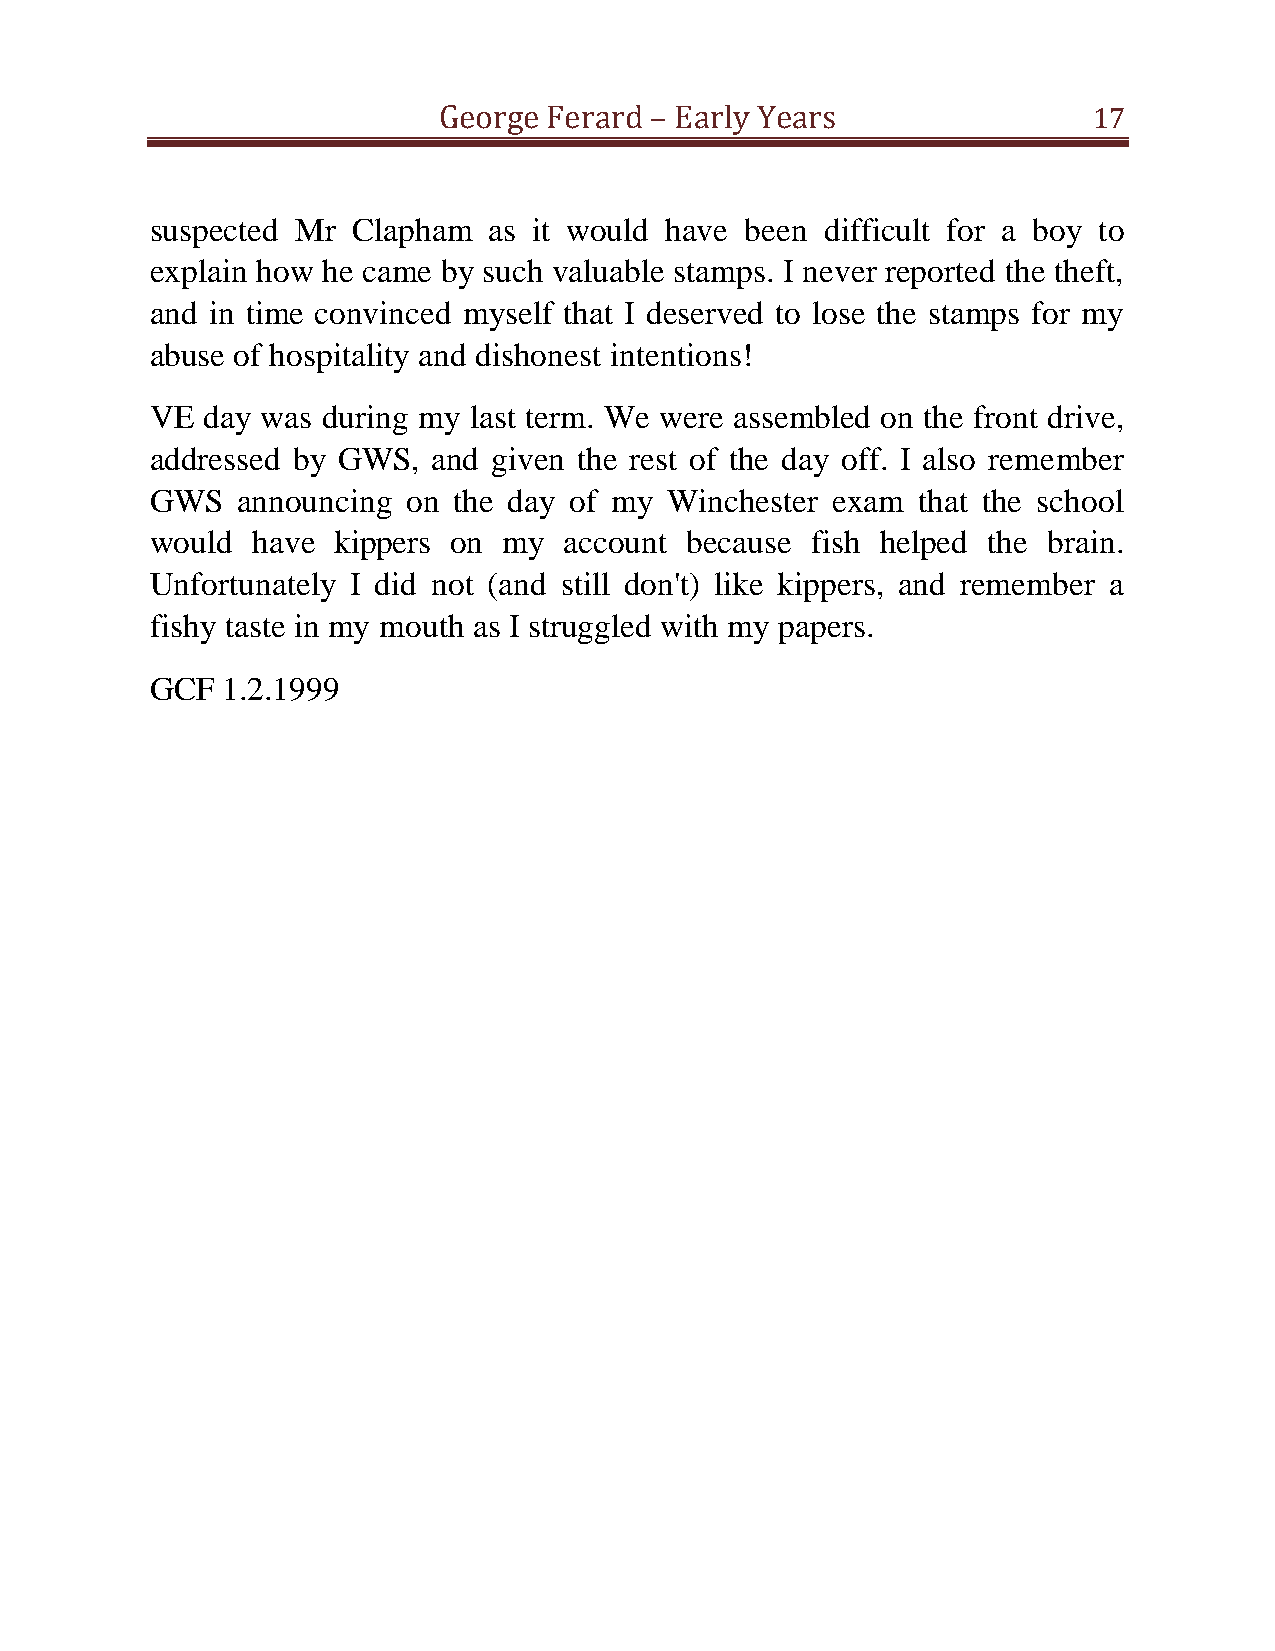
George Ferard – Early Years                17
 suspected Mr Clapham  as it would have been  difficult for a boy to
 explain how he came by such valuable stamps. I never reported the theft,
 and in time convinced myself that I deserved to lose the stamps for my
 abuse of hospitality and dishonest intentions!
 VE day was during my last term. We were assembled on the front drive,
 addressed by GWS,  and given the rest of the day off. I also remember
 GWS   announcing on the day of my Winchester exam  that the school
 would  have kippers on my  account because  fish helped the brain.
 Unfortunately I did not (and still don't) like kippers, and remember a
 fishy taste in my mouth as I struggled with my papers.
 GCF  1.2.1999